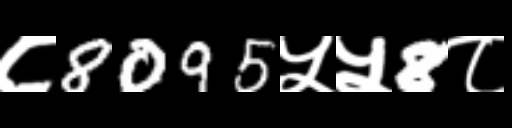
Text: ८8095५५8८